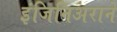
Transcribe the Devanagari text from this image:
इंजिनिअराने